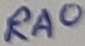
Text: RA0